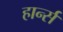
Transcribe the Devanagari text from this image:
हार्न्स